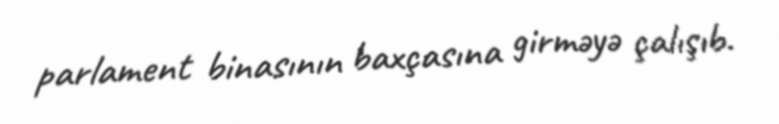
parlament binasının baxçasına girməyə çalışıb.